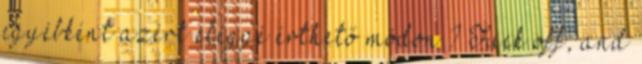
egyébként azért eléggé érthető módon ? Fuck off, and